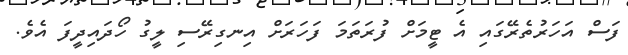
ފަސް އަހަރުތެރޭގައި އެ ޓީމަށް ފުރަތަމަ ފަހަރަށް އިނގިރޭސި ލީގު ހޯދައިދީފަ އެވެ.